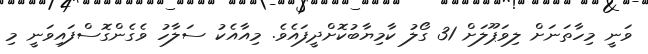
ވަނީ މިހާތަނަށް ލިވަޕޫލަށް 31 ގޯލު ކާމިޔާބުކޮށްދީފައެވެ. މިއާއެކު ސަލާހު ވެގެންގޮސްފައިވަނީ މި